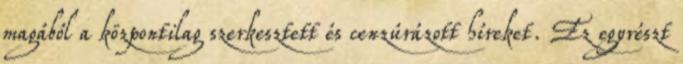
magából a központilag szerkesztett és cenzúrázott híreket. Ez egyrészt